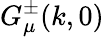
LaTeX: G_{\mu}^{\pm}(k,0)